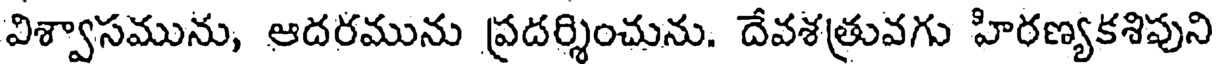
విశ్వాసమును, ఆదరమును ప్రదర్శించును. దేవశత్రువగు హిరణ్యకశిపుని